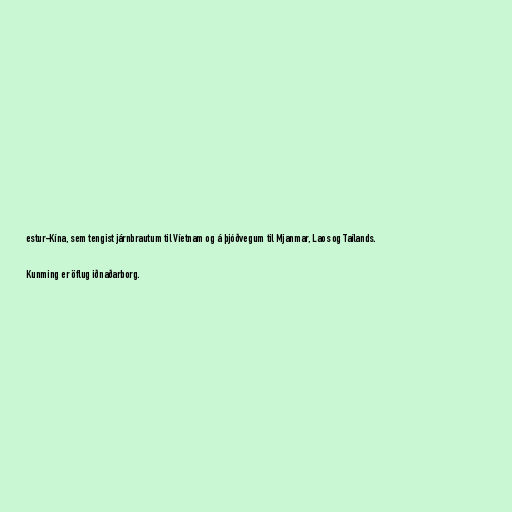
estur-Kína, sem tengist járnbrautum til Víetnam og á þjóðvegum til Mjanmar, Laos og Taílands.

Kunming er öflug iðnaðarborg.